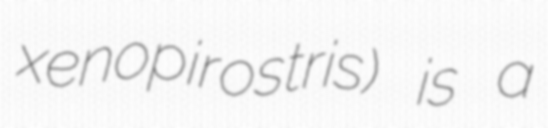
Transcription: xenopirostris) is a